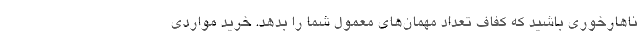
ناهارخوری باشید که کفاف تعداد مهمان‌های معمول شما را بدهد. خرید مواردی